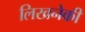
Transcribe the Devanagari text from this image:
लिखनेकी